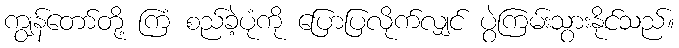
ကျွန်တော်တို့ ကြံ စည်ခဲ့ပုံကို ပြောပြလိုက်လျှင် ပွဲကြမ်းသွားနိုင်သည်။